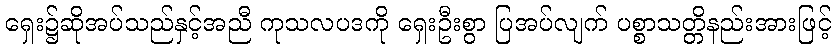
ရှေး၌ဆိုအပ်သည်နှင့်အညီ ကုသလပဒကို ရှေးဦးစွာ ပြအပ်လျက် ပစ္စာသတ္တိနည်းအားဖြင့်